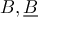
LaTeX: B , { \underline { { B } } }